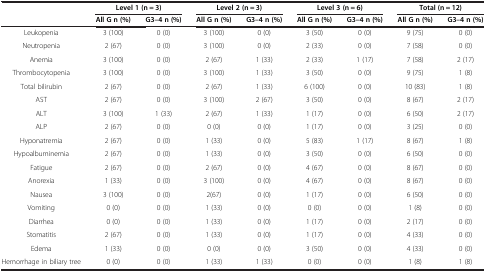
<table><thead><tr><td><b> </b></td><td colspan="2"><b>Level 1 (n = 3)</b></td><td colspan="2"><b>Level 2 (n = 3)</b></td><td colspan="2"><b>Level 3 (n = 6)</b></td><td colspan="2"><b>Total (n = 12)</b></td></tr><tr><td><b> </b></td><td><b>All G n (%)</b></td><td><b>G3–4 n (%)</b></td><td><b>All G n (%)</b></td><td><b>G3–4 n (%)</b></td><td><b>All G n (%)</b></td><td><b>G3–4 n (%)</b></td><td><b>All G n (%)</b></td><td><b>G3–4 n (%)</b></td></tr></thead><tbody><tr><td>Leukopenia</td><td>3 (100)</td><td>0 (0)</td><td>3 (100)</td><td>0 (0)</td><td>3 (50)</td><td>0 (0)</td><td>9 (75)</td><td>0 (0)</td></tr><tr><td>Neutropenia</td><td>2 (67)</td><td>0 (0)</td><td>3 (100)</td><td>0 (0)</td><td>2 (33)</td><td>0 (0)</td><td>7 (58)</td><td>0 (0)</td></tr><tr><td>Anemia</td><td>3 (100)</td><td>0 (0)</td><td>2 (67)</td><td>1 (33)</td><td>2 (33)</td><td>1 (17)</td><td>7 (58)</td><td>2 (17)</td></tr><tr><td>Thrombocytopenia</td><td>3 (100)</td><td>0 (0)</td><td>3 (100)</td><td>1 (33)</td><td>3 (50)</td><td>0 (0)</td><td>9 (75)</td><td>1 (8)</td></tr><tr><td>Total bilirubin</td><td>2 (67)</td><td>0 (0)</td><td>2 (67)</td><td>1 (33)</td><td>6 (100)</td><td>0 (0)</td><td>10 (83)</td><td>1 (8)</td></tr><tr><td>AST</td><td>2 (67)</td><td>0 (0)</td><td>3 (100)</td><td>2 (67)</td><td>3 (50)</td><td>0 (0)</td><td>8 (67)</td><td>2 (17)</td></tr><tr><td>ALT</td><td>3 (100)</td><td>1 (33)</td><td>2 (67)</td><td>1 (33)</td><td>1 (17)</td><td>0 (0)</td><td>6 (50)</td><td>2 (17)</td></tr><tr><td>ALP</td><td>2 (67)</td><td>0 (0)</td><td>0 (0)</td><td>0 (0)</td><td>1 (17)</td><td>0 (0)</td><td>3 (25)</td><td>0 (0)</td></tr><tr><td>Hyponatremia</td><td>2 (67)</td><td>0 (0)</td><td>1 (33)</td><td>0 (0)</td><td>5 (83)</td><td>1 (17)</td><td>8 (67)</td><td>1 (8)</td></tr><tr><td>Hypoalbuminemia</td><td>2 (67)</td><td>0 (0)</td><td>1 (33)</td><td>0 (0)</td><td>3 (50)</td><td>0 (0)</td><td>6 (50)</td><td>0 (0)</td></tr><tr><td>Fatigue</td><td>2 (67)</td><td>0 (0)</td><td>2 (67)</td><td>0 (0)</td><td>4 (67)</td><td>0 (0)</td><td>8 (67)</td><td>0 (0)</td></tr><tr><td>Anorexia</td><td>1 (33)</td><td>0 (0)</td><td>3 (100)</td><td>0 (0)</td><td>4 (67)</td><td>0 (0)</td><td>8 (67)</td><td>0 (0)</td></tr><tr><td>Nausea</td><td>3 (100)</td><td>0 (0)</td><td>2(67)</td><td>0 (0)</td><td>1 (17)</td><td>0 (0)</td><td>6 (50)</td><td>0 (0)</td></tr><tr><td>Vomiting</td><td>0 (0)</td><td>0 (0)</td><td>1 (33)</td><td>0 (0)</td><td>0 (0)</td><td>0 (0)</td><td>1 (8)</td><td>0 (0)</td></tr><tr><td>Diarrhea</td><td>0 (0)</td><td>0 (0)</td><td>1 (33)</td><td>0 (0)</td><td>1 (17)</td><td>0 (0)</td><td>2 (17)</td><td>0 (0)</td></tr><tr><td>Stomatitis</td><td>2 (67)</td><td>0 (0)</td><td>1 (33)</td><td>0 (0)</td><td>1 (17)</td><td>0 (0)</td><td>4 (33)</td><td>0 (0)</td></tr><tr><td>Edema</td><td>1 (33)</td><td>0 (0)</td><td>0 (0)</td><td>0 (0)</td><td>3 (50)</td><td>0 (0)</td><td>4 (33)</td><td>0 (0)</td></tr><tr><td>Hemorrhage in biliary tree</td><td>0 (0)</td><td>0 (0)</td><td>1 (33)</td><td>1 (33)</td><td>0 (0)</td><td>0 (0)</td><td>1 (8)</td><td>1 (8)</td></tr></tbody></table>